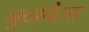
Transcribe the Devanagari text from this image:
बुदापैस्त